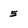
Character: 5